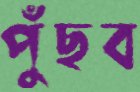
পুঁছব